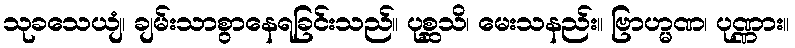
သုခသေယျံ၊ ချမ်းသာစွာနေရခြင်းသည်။ ပုစ္ဆသိ၊ မေးသနည်း။ ဗြာဟ္မဏ၊ ပုဏ္ဏား။